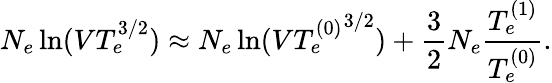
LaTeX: N_{e}\ln(VT_{e}^{3/2})\approx N_{e}\ln(V{T_{e}^{(0)}}^{3/2})+\frac{3}{2}N_{e}\frac{T_{e}^{(1)}}{T_{e}^{(0)}}.